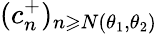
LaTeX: (c_{n}^{+})_{n\geqslant N(\theta_{1},\theta_{2})}